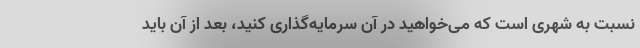
نسبت به شهری است که می‌خواهید در آن سرمایه‌گذاری کنید، بعد از آن باید